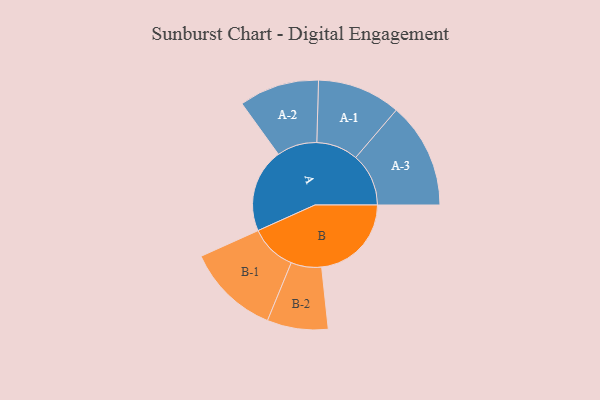
{"axis": {"x": "Segment", "y": "Value"}, "legend": ["", "A", "B"], "data": [{"x": "A", "y": 314, "type": ""}, {"x": "B", "y": 336, "type": ""}, {"x": "A-1", "y": 156, "type": "A"}, {"x": "A-2", "y": 150, "type": "A"}, {"x": "A-3", "y": 198, "type": "A"}, {"x": "B-1", "y": 174, "type": "B"}, {"x": "B-2", "y": 114, "type": "B"}]}